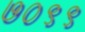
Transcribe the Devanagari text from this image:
७०९९